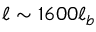
\ell \sim 1 6 0 0 \ell _ { b }